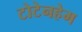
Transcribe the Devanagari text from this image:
टोटेनहेम